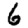
Digit: 6